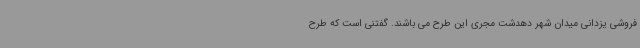
فروشی یزدانی میدان شهر دهدشت مجری این طرح می باشند. گفتنی است که طرح